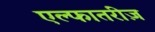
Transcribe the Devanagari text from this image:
एल्फातरीज़